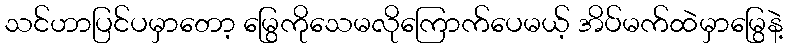
သင်ဟာပြင်ပမှာတော့ မြွေကိုသေမလိုကြောက်ပေမယ့် အိပ်မက်ထဲမှာမြွေနဲ့